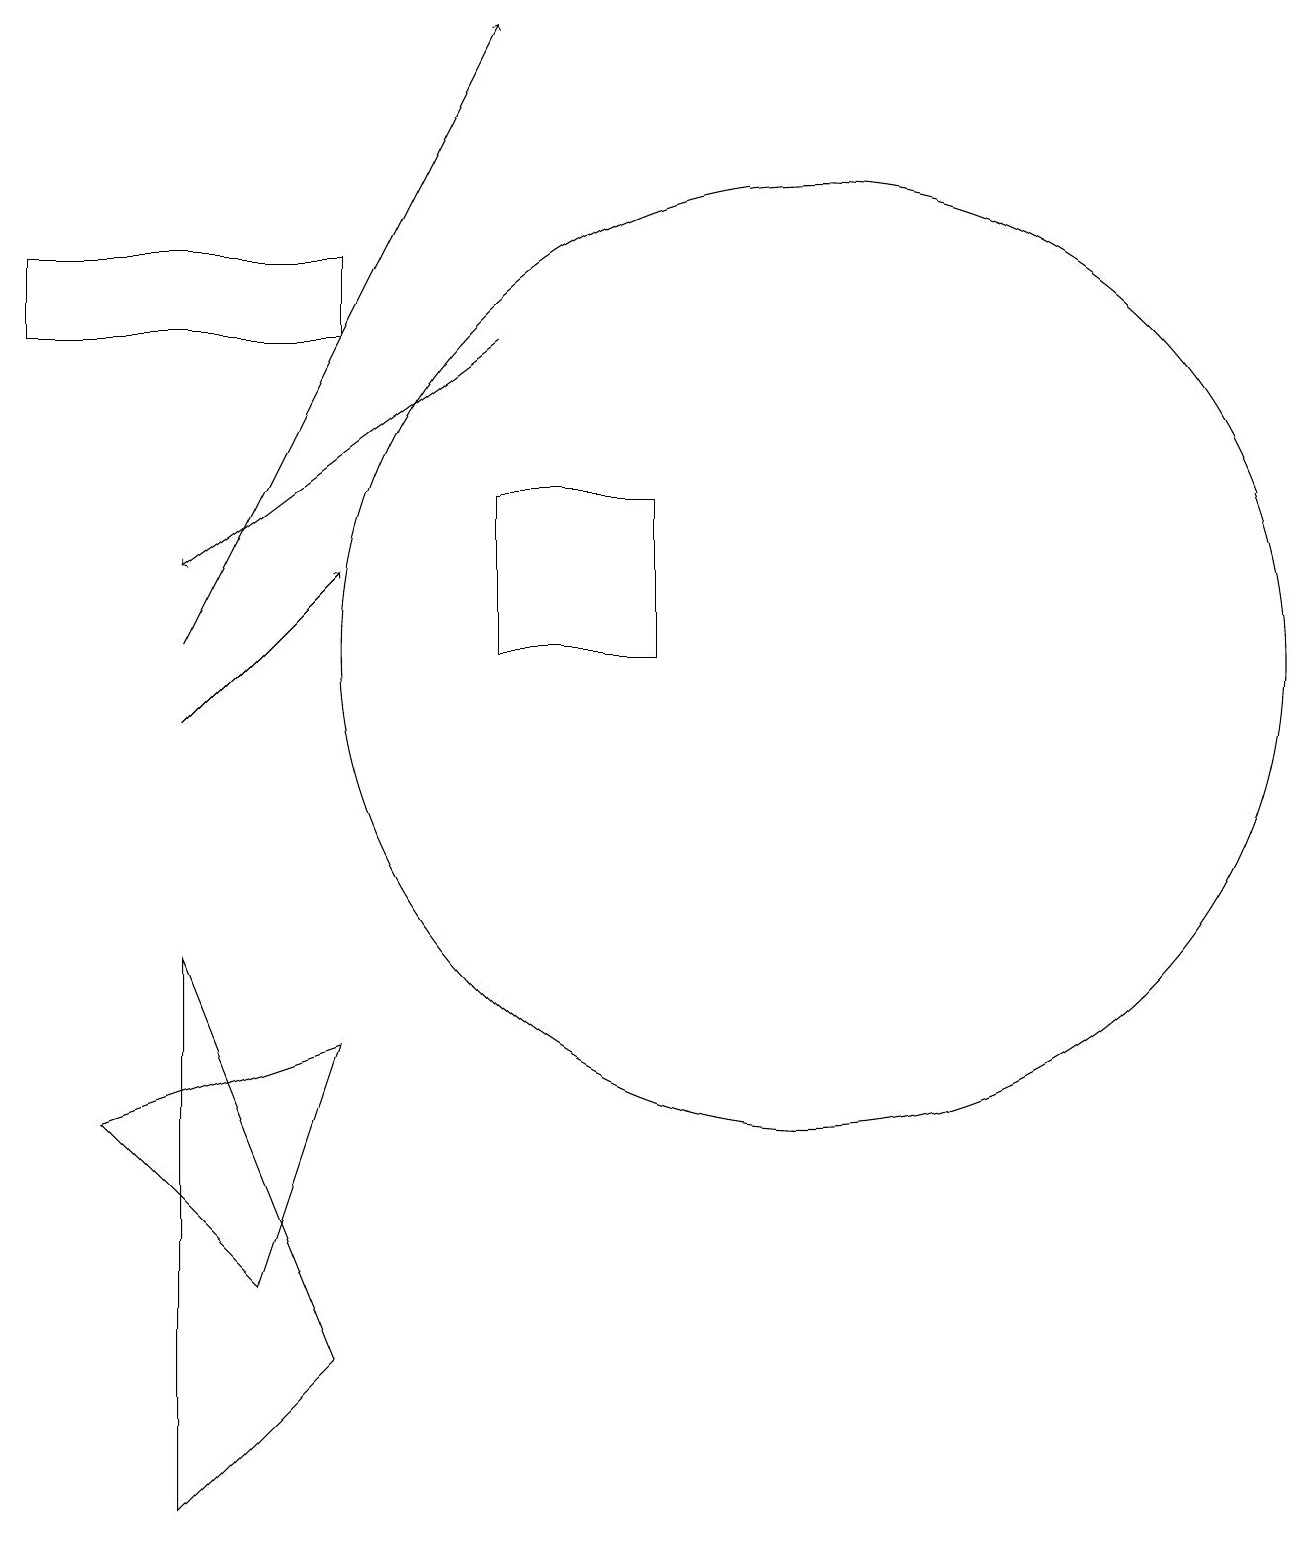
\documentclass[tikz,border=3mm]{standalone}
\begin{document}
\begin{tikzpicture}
\draw[->] (3,10) -- (5,12);
\draw (9,13) rectangle (7,11);
\draw (5,6) -- (2,5) -- (4,3) -- cycle;
\draw[->] (7,15) -- (3,12);
\draw (3,0) -- (3,7) -- (5,2) -- cycle;
\draw[->] (3,11) -- (7,19);
\draw (5,16) rectangle (1,15);
\draw (11,11) circle (6);
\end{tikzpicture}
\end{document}